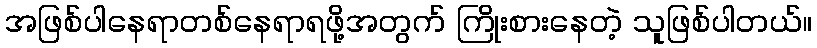
အဖြစ်ပါနေရာတစ်နေရာရဖို့အတွက် ကြိုးစားနေတဲ့ သူဖြစ်ပါတယ်။